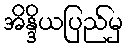
အိန္ဒိယပြည်မှ